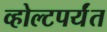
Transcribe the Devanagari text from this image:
व्होल्टपर्यंत